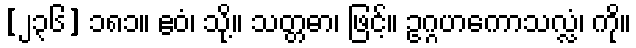
[၂၃၆] ၁၈၁။ ဧဝံ၊ သို့။ သတ္တဓာ၊ ဖြင့်။ ဥဂ္ဂဟကောသလ္လံ၊ ကို။